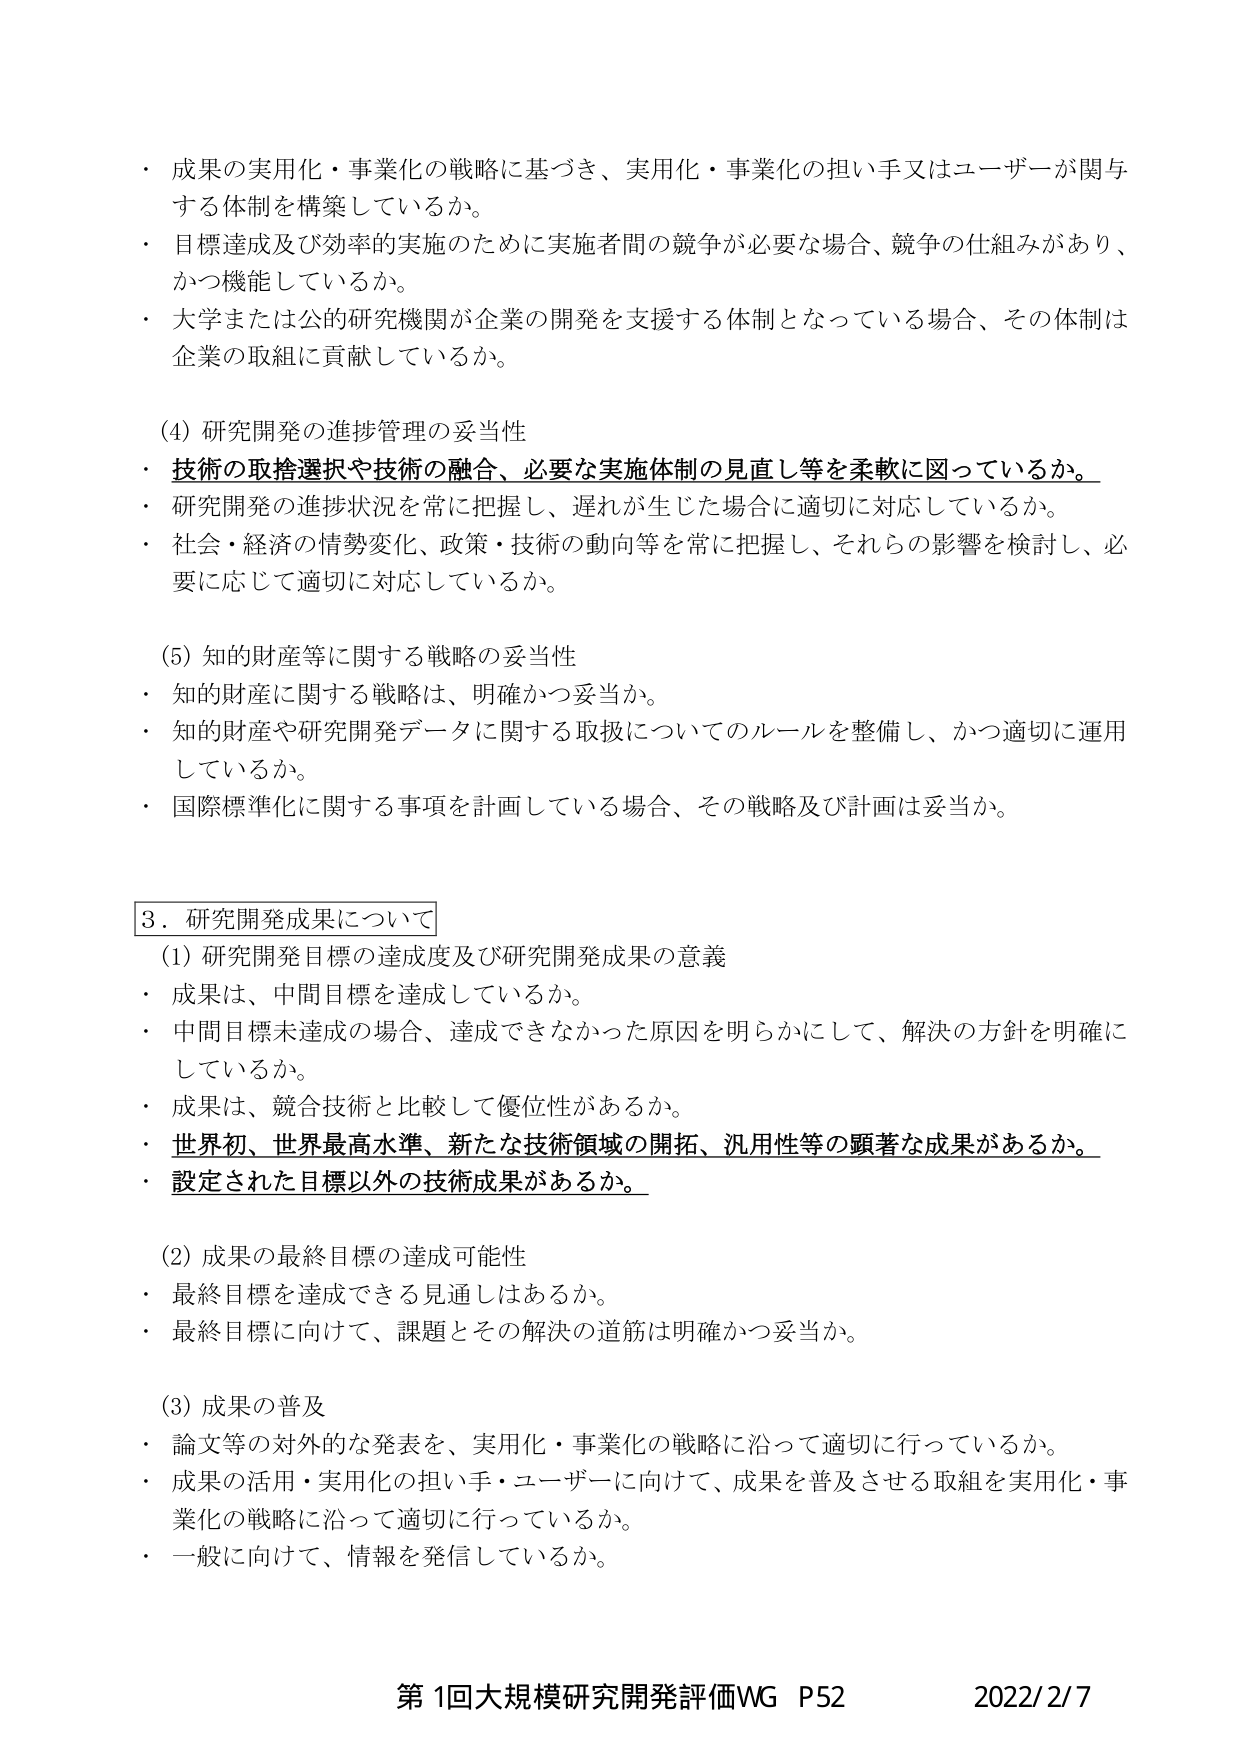
・成果の実用化・事業化の戦略に基づき、実用化・事業化の担い手又はユーザーが関与する体制を構築しているか。
・目標達成及び効率的実施のために実施者間の競争が必要な場合、競争の仕組みがあり、かつ機能しているか。
・大学または公的研究機関が企業の開発を支援する体制となっている場合、その体制は企業の取組に貢献しているか。

(4) 研究開発の進捗管理の妥当性
・技術の取捨選択や技術の融合、必要な実施体制の見直し等を柔軟に図っているか。
・研究開発の進捗状況を常に把握し、遅れが生じた場合に適切に対応しているか。
・社会・経済の情勢変化、政策・技術の動向等を常に把握し、それらの影響を検討し、必要に応じて適切に対応しているか。

(5) 知的財産等に関する戦略の妥当性
・知的財産に関する戦略は、明確かつ妥当か。
・知的財産や研究開発データに関する取扱についてのルールを整備し、かつ適切に運用しているか。
・国際標準化に関する事項を計画している場合、その戦略及び計画は妥当か。

3．研究開発成果について
(1) 研究開発目標の達成度及び研究開発成果の意義
・成果は、中間目標を達成しているか。
・中間目標未達成の場合、達成できなかった原因を明らかにして、解決の方針を明確にしているか。
・成果は、競合技術と比較して優位性があるか。
・世界初、世界最高水準、新たな技術領域の開拓、汎用性等の顕著な成果があるか。
・設定された目標以外の技術成果があるか。

(2) 成果の最終目標の達成可能性
・最終目標を達成できる見通しはあるか。
・最終目標に向けて、課題とその解決の道筋は明確かつ妥当か。

(3) 成果の普及
・論文等の対外的な発表を、実用化・事業化の戦略に沿って適切に行っているか。
・成果の活用・実用化の担い手・ユーザーに向けて、成果を普及させる取組を実用化・事業化の戦略に沿って適切に行っているか。
・一般に向けて、情報を発信しているか。

第1回大規模研究開発評価WG P52 2022/2/7